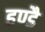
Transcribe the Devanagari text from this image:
हण्डै